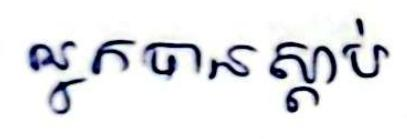
អ្នកបានស្ដាប់